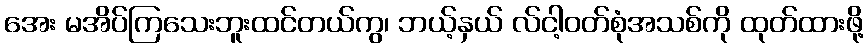
အေး မအိပ်ကြသေးဘူးထင်တယ်ကွ၊ ဘယ့်နှယ် လ်ငါ့ဝတ်စုံအသစ်ကို ထုတ်ထားဖို့